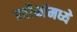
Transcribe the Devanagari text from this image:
प्रतीकांमध्ये